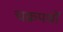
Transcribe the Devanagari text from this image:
चक्रपथों